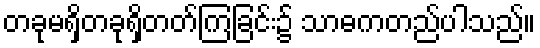
တခုမရှိတခုရှိတတ်ကြခြင်း၌ သာဓကတည်ပါသည်။